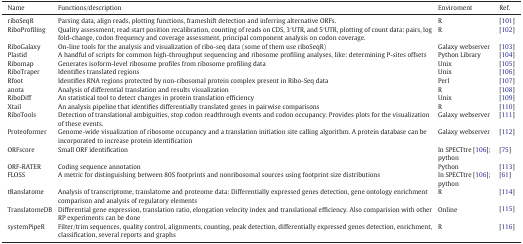
<table><thead><tr><td><b>Name</b></td><td><b>Functions/description</b></td><td><b>Enviroment</b></td><td><b>Ref.</b></td></tr></thead><tbody><tr><td>riboSeqR</td><td>Parsing data, align reads, plotting functions, frameshift detection and inferring alternative ORFs.</td><td>R</td><td>[101]</td></tr><tr><td>RiboProfiling</td><td>Quality assessment, read start position recalibration, counting of reads on CDS, 3′UTR, and 5′UTR, plotting of count data: pairs, log fold-change, codon frequency and coverage assessment, principal component analysis on codon coverage.</td><td>R</td><td>[102]</td></tr><tr><td>RiboGalaxy</td><td>On-line tools for the analysis and visualization of ribo-seq data (some of them use riboSeqR)</td><td>Galaxy webserver</td><td>[103]</td></tr><tr><td>Plastid</td><td>A handful of scripts for common high-throughput sequencing and ribosome profiling analyses, like: determining P-sites offsets</td><td>Python Library</td><td>[104]</td></tr><tr><td>Ribomap</td><td>Generates isoform-level ribosome profiles from ribosome profiling data</td><td>Unix</td><td>[105]</td></tr><tr><td>RiboTraper</td><td>Identifies translated regions</td><td>Unix</td><td>[106]</td></tr><tr><td>Rfoot</td><td>Identifies RNA regions protected by non-ribosomal protein complex present in Ribo-Seq data</td><td>Perl</td><td>[107]</td></tr><tr><td>anota</td><td>Analysis of differential translation and results visualization</td><td>R</td><td>[108]</td></tr><tr><td>RiboDiff</td><td>An statistical tool to detect changes in protein translation efficiency</td><td>Unix</td><td>[109]</td></tr><tr><td>Xtail</td><td>An analysis pipeline that identifies differentially translated genes in pairwise comparisons</td><td>R</td><td>[110]</td></tr><tr><td>RiboTools</td><td>Detection of translational ambiguities, stop codon readthrough events and codon occupancy. Provides plots for the visualization of these events.</td><td>Galaxy webserver</td><td>[111]</td></tr><tr><td>Proteoformer</td><td>Genome-wide visualization of ribosome occupancy and a translation initiation site calling algorithm. A protein database can be incorporated to increase protein identification</td><td>Galaxy webserver</td><td>[112]</td></tr><tr><td>ORFscore</td><td>Small ORF identification</td><td>In SPECTtre [106]; python</td><td>[75]</td></tr><tr><td>ORF-RATER</td><td>Coding sequence annotation</td><td>Python</td><td>[113]</td></tr><tr><td>FLOSS</td><td>A metric for distinguishing between 80S footprints and nonribosomal sources using footprint size distributions</td><td>In SPECTtre [106]; python</td><td>[61]</td></tr><tr><td>tRanslatome</td><td>Analysis of transcriptome, translatome and proteome data: Differentially expressed genes detection, gene ontology enrichment comparison and analysis of regulatory elements</td><td>R</td><td>[114]</td></tr><tr><td>TranslatomeDB</td><td>Differential gene expression, translation ratio, elongation velocity index and translational efficiency. Also comparision with other RP experiments can be done</td><td>Online</td><td>[115]</td></tr><tr><td>systemPipeR</td><td>Filter/trim sequences, quality control, alignments, counting, peak detection, differentially expressed genes detection, enrichment, classification, several reports and graphs</td><td>R</td><td>[116]</td></tr></tbody></table>